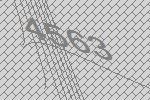
4563